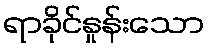
ရာခိုင်နှုန်းသော